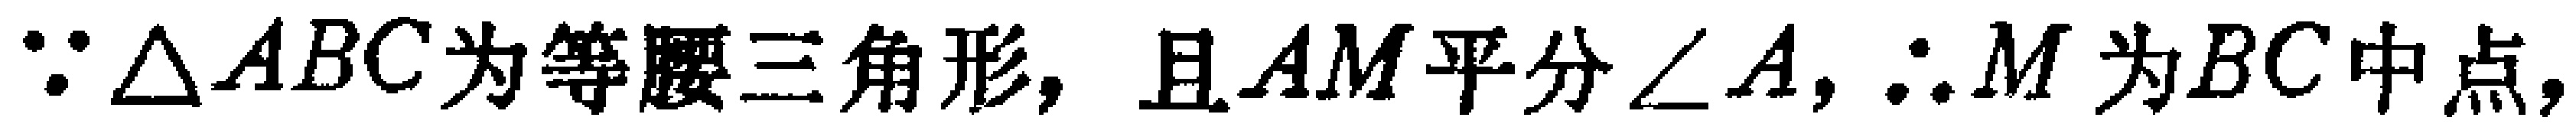
$\because \triangle ABC\text{为等腰三角形, 且}AM\text{平分}\angle A,\therefore M\text{为}BC\text{中点,}$